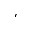
'